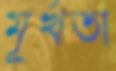
মূর্খতা